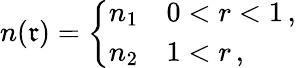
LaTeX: n(\mathfrak{r})=\left\{ \begin{array}{ll}{n_{1}}&{0<r<1\, ,}\\ {n_{2}}&{1<r\, ,}\end{array}\right.